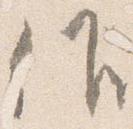
候